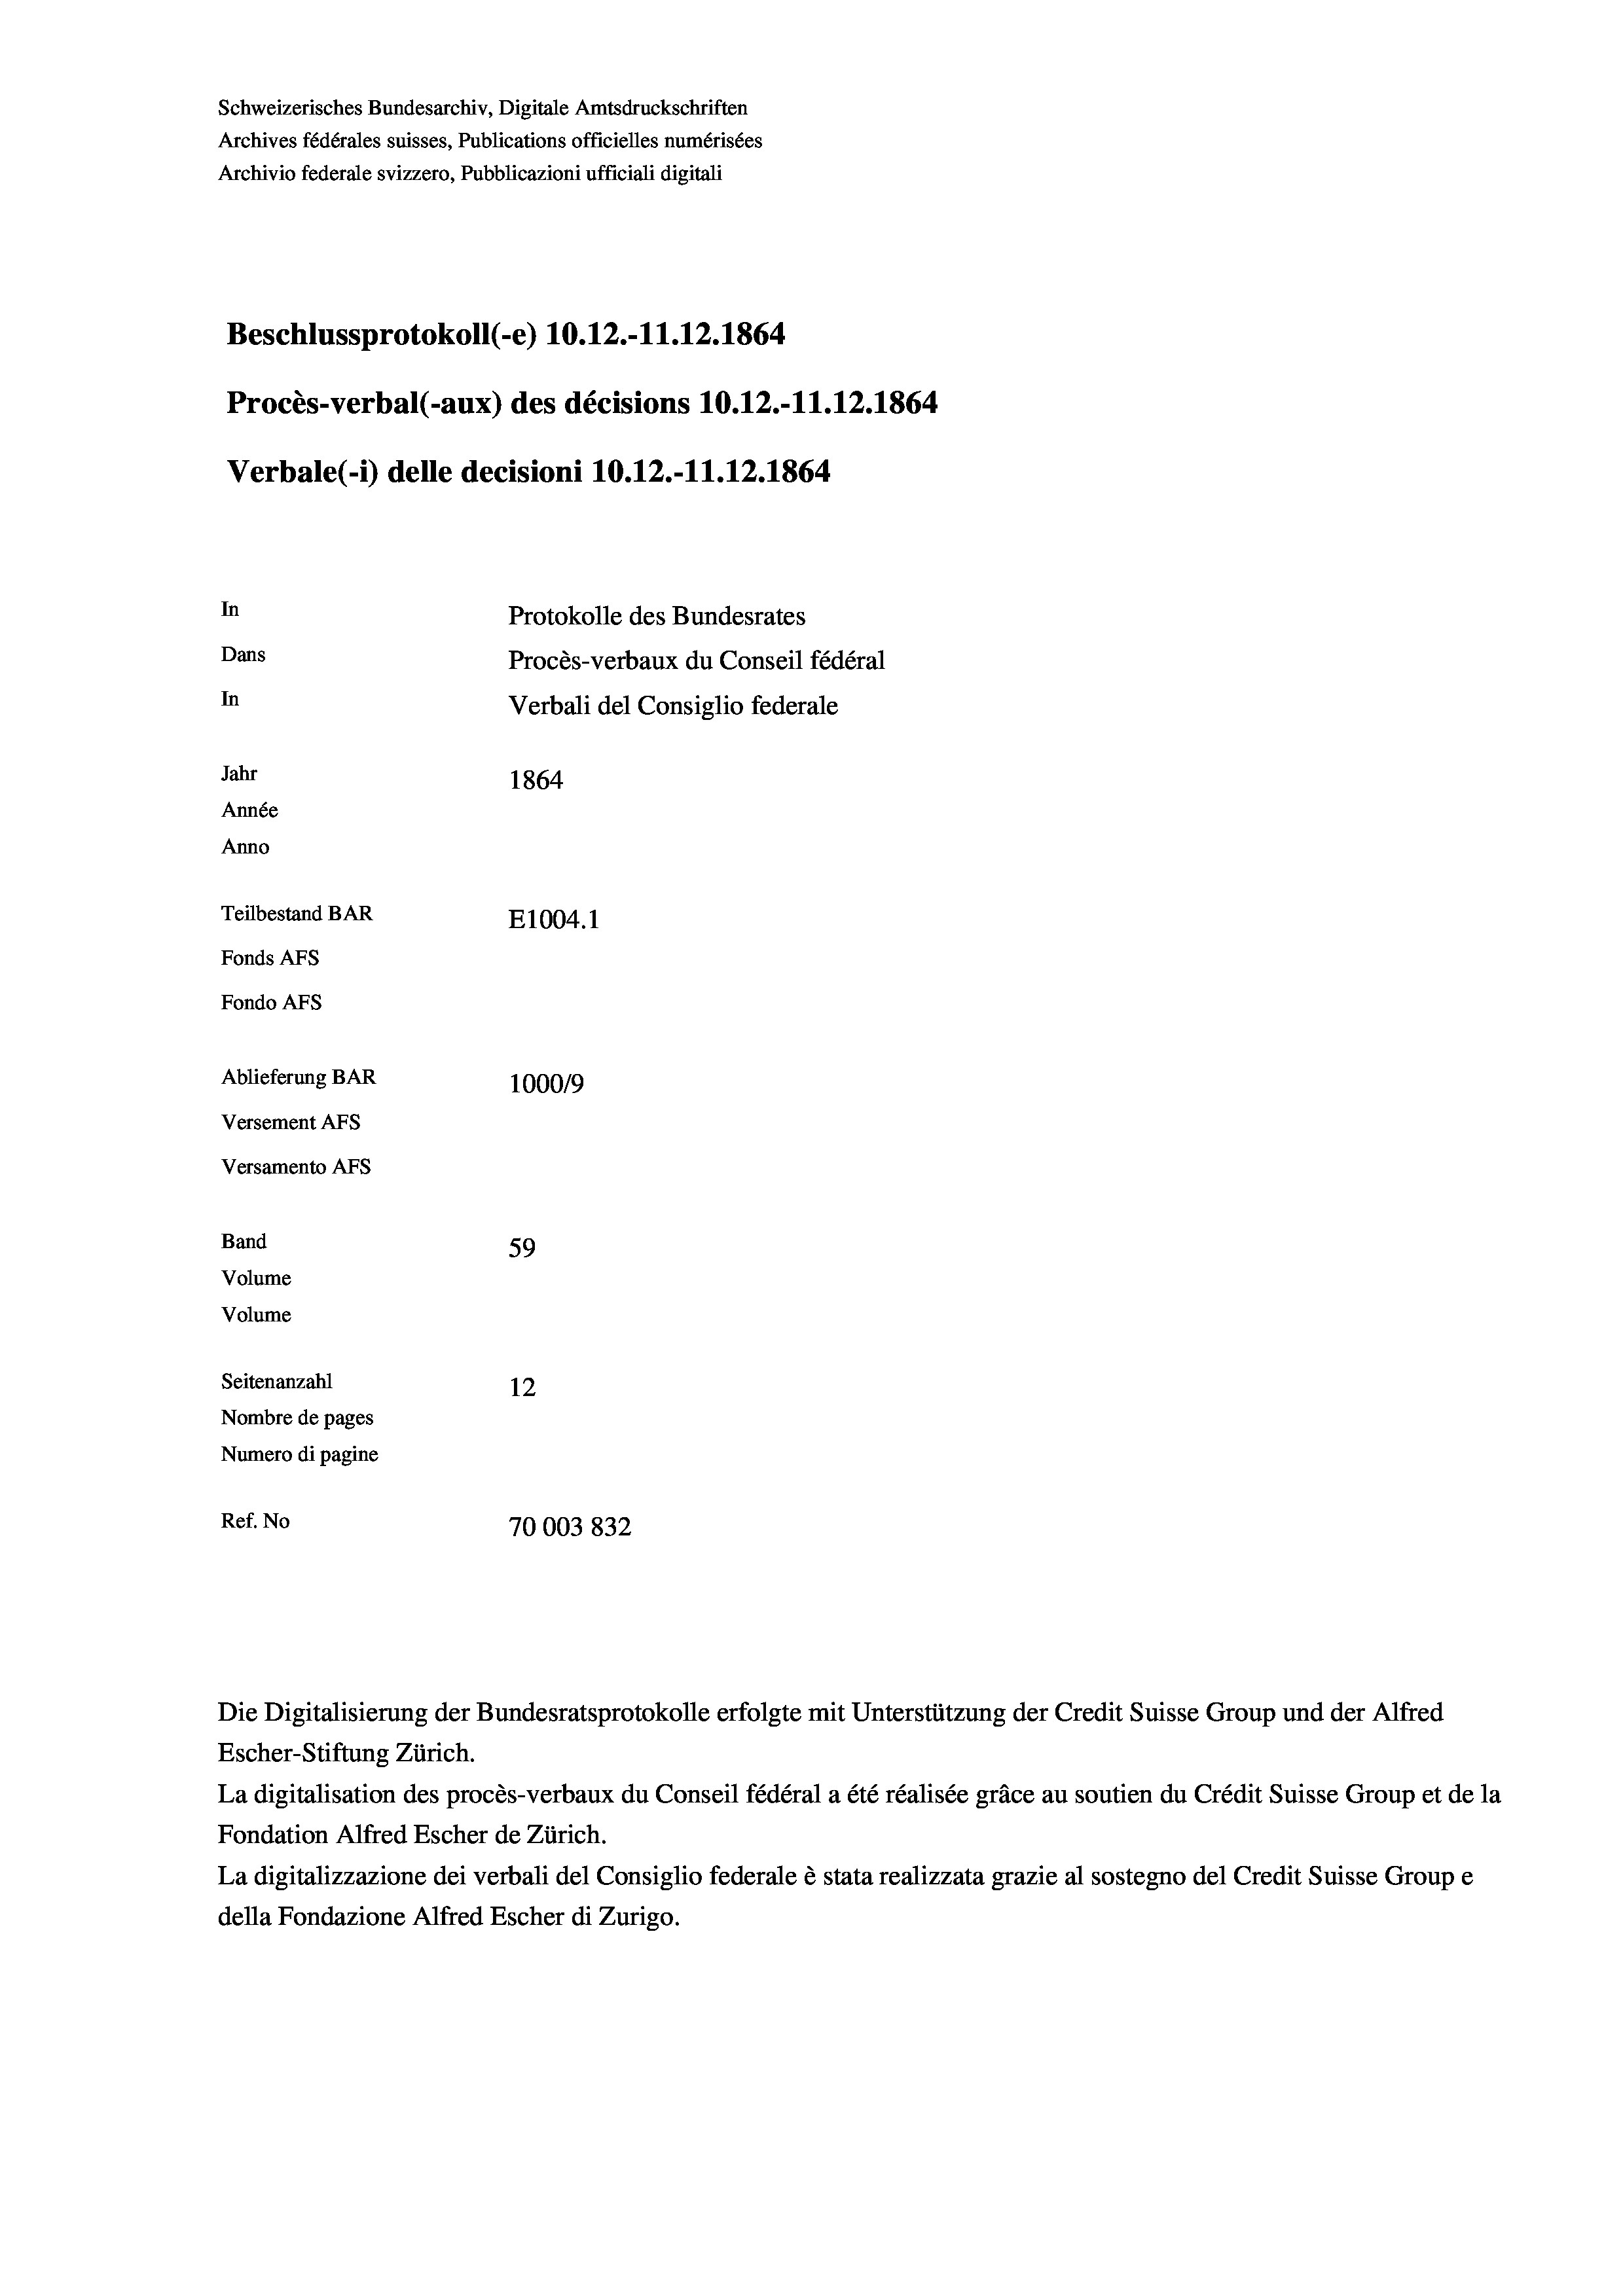
Schweizerisches Bundesarchiv, Digitale Amtsdruckschriften
Archives fédérales suisses, Publications officielles numérisées
Archivio federale svizzero, Pubblicazioni ufficiali digitali
Beschlussprotokoll (-e) 10.12.-11.12.1864
Procès-verbal (-aux) des décisions 10.12.-11.12.1864
Verbale (i) delle decisioni 10.12.-11.12.1864
In
Protokolle des Bundesrates
Dans
Procès-verbaux du Conseil fédéral
In
Verbali del Consiglio federale
Jahr
1864
Année
Anno
Teilbestand BAR
E1004. 1
Fonds AFs
Fondo AFS
Ablieferung BAR
100019
Versement AFs
Versamento Afs
Band
59
Volume
Volume
Seitenanzahl
12
Nombre de pages
Numero di pagine
Ref. No
70003832

Die Digitalisierung der Bundesratsprotokolle erfolgte mit Unterstützung der Credit Suisse Group und der Alfred

Escher-Stiftung Zürich.
La digitalisation des procès-verbaux du Conseil fédéral a été réalisée gräce au soutien du Crédit Suisse Group et de la
Fondation Alfred Escher de Zürich.
La digitalizzazione dei verbali del Consiglio federale è stata realizzata grazie al sostegno del Credit Suisse Groupe
della Fondazione Alfred Escher di Zurigo.